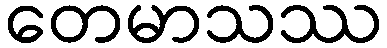
တေမာသဿ